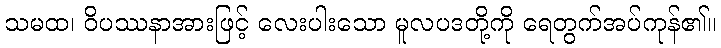
သမထ၊ ဝိပဿနာအားဖြင့် လေးပါးသော မူလပဒတို့ကို ရေတွက်အပ်ကုန်၏။